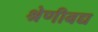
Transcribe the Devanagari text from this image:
श्रेणीबद्य